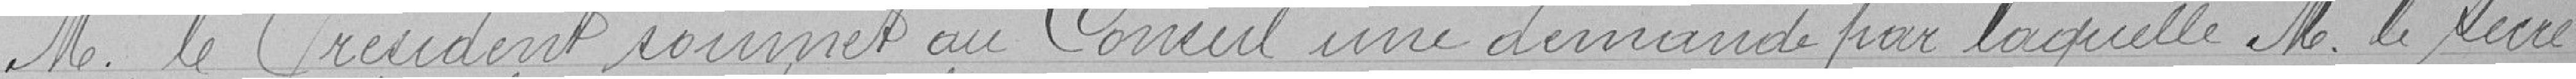
M. le Président soumet au Conseil une demande par laquelle M. le secré-